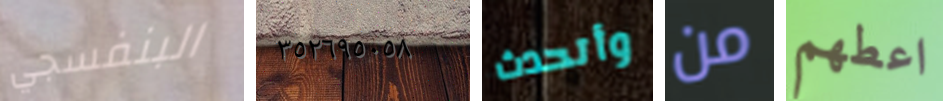
البنفسجي ٣٥٢٦٩٥٠٥٨ وأتحدث من اعطهم